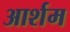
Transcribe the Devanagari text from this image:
आर्शम